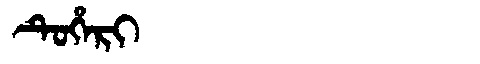
Manchu: ᡨᡠᡥᡝᡵᡳ
Romanization: TUHERI